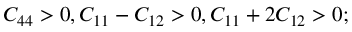
C _ { 4 4 } > 0 , C _ { 1 1 } - C _ { 1 2 } > 0 , C _ { 1 1 } + 2 C _ { 1 2 } > 0 ;